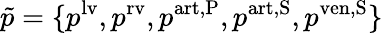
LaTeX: \tilde{p}=\{ p^{\mathrm{lv}},p^{\mathrm{rv}},p^{\mathrm{art,P}},p^{\mathrm{art,S}},p^{\mathrm{ven,S}}\}